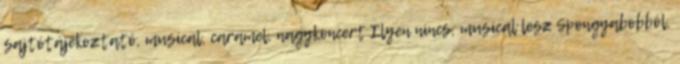
sajtótájékoztató, musical, caramel, nagykoncert Ilyen nincs, musical lesz Spongyabobból,